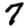
Digit: 7